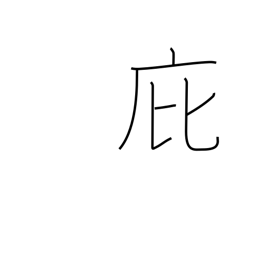
Meaning: penthouse